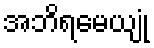
အဘိရမေယျုံ